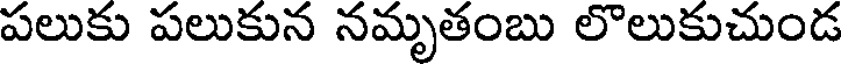
పలుకు పలుకున నమృతంబు లొలుకుచుండ